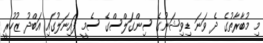
މި މުބާރާތުގެ ދެ ވަނަ ޑިވިޝަނުގެ ސިންގަލްސްގެ ސެމީ ފައިނަލުގައި އަބްދު ޒުހުރީ